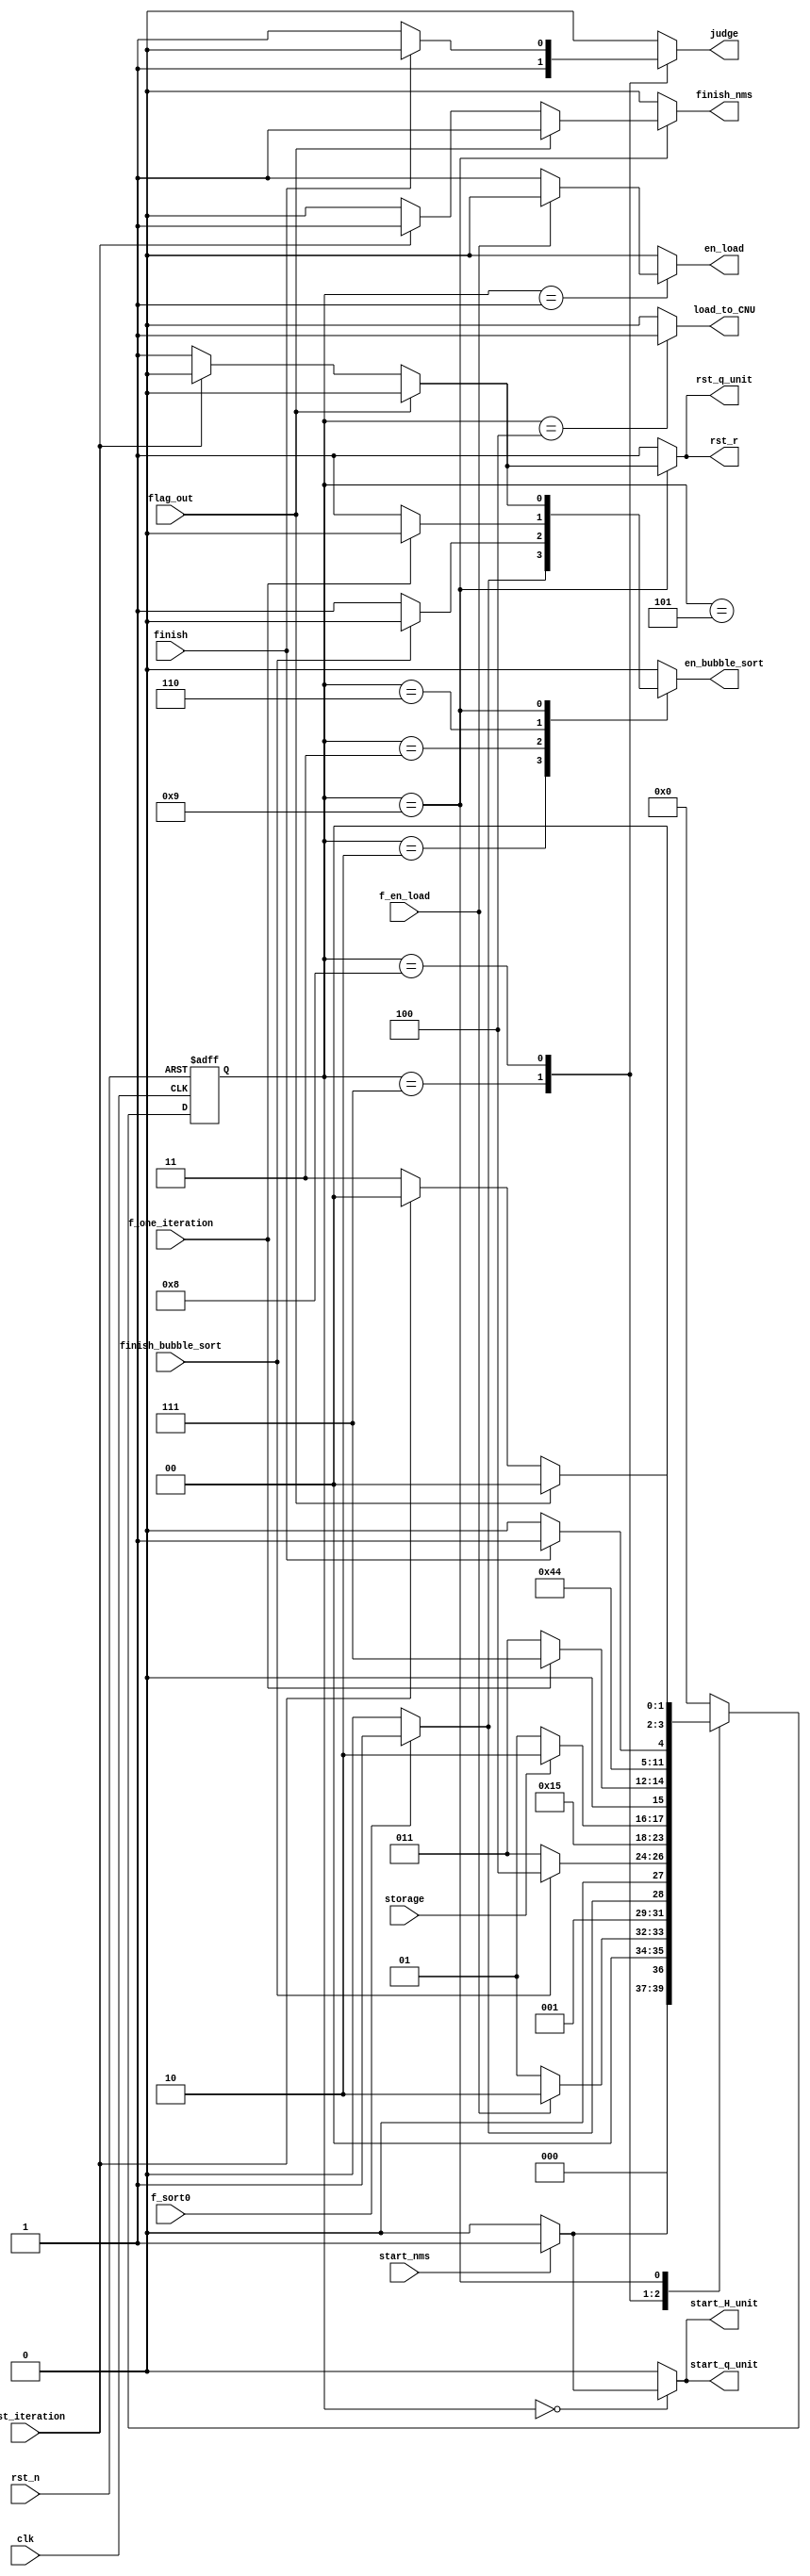
module control_nms(
			input clk,
			input rst_n,
			input start_nms,
			input last_iteration,
			input f_en_load,
			input f_sort0,
			input f_one_iteration,
			input finish,
			input flag_out,	
			input storage,
			input finish_bubble_sort,
			output reg en_bubble_sort,
			output reg start_q_unit,
			output reg start_H_unit,
			output reg en_load,
			output reg load_to_CNU,
			output reg judge,
			output reg rst_r,
			output reg rst_q_unit,
			output reg finish_nms
		);


parameter S0=4'b0000,S1=4'b0001,S2=4'b0010,S3=4'b0011,S4=4'b0100,S5=4'b0101,S6=4'b0110,S7=4'b0111,S8=4'b1000,S9=4'b1001;
reg[3:0] cstate,nstate;

always@(posedge clk or negedge rst_n)
	if(!rst_n)
		cstate<=S0;
	else 
		cstate<=nstate;

always@(*)
begin
	en_bubble_sort=0;start_q_unit=0;start_H_unit=0;en_load=0;
	load_to_CNU=0;judge=0;rst_r=1;rst_q_unit=1;finish_nms=0;
	case(cstate)
	S0: begin
		if(start_nms)
			begin
				start_q_unit=1;
				start_H_unit=1;
				nstate=S1;
			end
		else 
			nstate=S0;
	    end

	S1: begin
		if(f_en_load)
			begin
				nstate=S2;
			end
		else
			begin
				en_load=1;
				nstate=S1;
			end
	    end
	
	S2: begin
		if(f_sort0)
			begin
				en_bubble_sort=1;
				nstate=S3;
			end
		else
			nstate=S2;
	    end

	S3: begin
		
		if(finish_bubble_sort)
			begin
			nstate=S4;
			end
		else
			begin
			en_bubble_sort=1;
			nstate=S3;
			end
	    end

	S4: begin
			load_to_CNU=1;
			nstate=S5;
	    end

	S5: begin
			if(storage)
				nstate=S6;
			else 
				nstate=S5;
	     end
	
	S6: begin
		if(f_one_iteration)
			begin
				nstate=S7;
			end
		else
			begin
				en_bubble_sort=1;
				nstate=S3;
			end
	    end

	S7: begin
			judge=1;
			nstate=S8;
	    end

	S8: begin
		if(finish)
			nstate=S9;
		else
			begin
			judge=1;
			nstate=S8;
			end
      	     end

	S9: begin
		if(flag_out)
			begin
			nstate=S0;
			rst_r=0;
			rst_q_unit=0;
			finish_nms=1;
			end
		else if(last_iteration)
			begin
			nstate=S0;
			rst_r=0;
			rst_q_unit=0;
			finish_nms=1;
			end
		else 
			begin
			en_bubble_sort=1;
			nstate=S3;
			end
	    end

	default: nstate=S0;
	endcase
end

endmodule